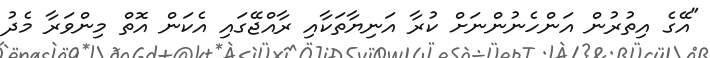
"އޭގެ އިތުރުން އަންހެނުންނަށް ކުރާ އަނިޔާތަކާއި ރާއްޖޭގައި އެކަން އޮތް މިންވަރާ މެދު